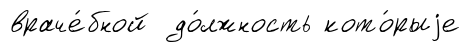
враче́бной до́лжность кото́рыjе